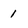
Character: 1